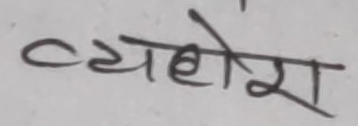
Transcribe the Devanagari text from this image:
व्यहोरा